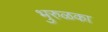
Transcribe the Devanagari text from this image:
भुरुळका